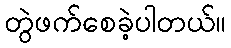
တွဲဖက်စေခဲ့ပါတယ်။